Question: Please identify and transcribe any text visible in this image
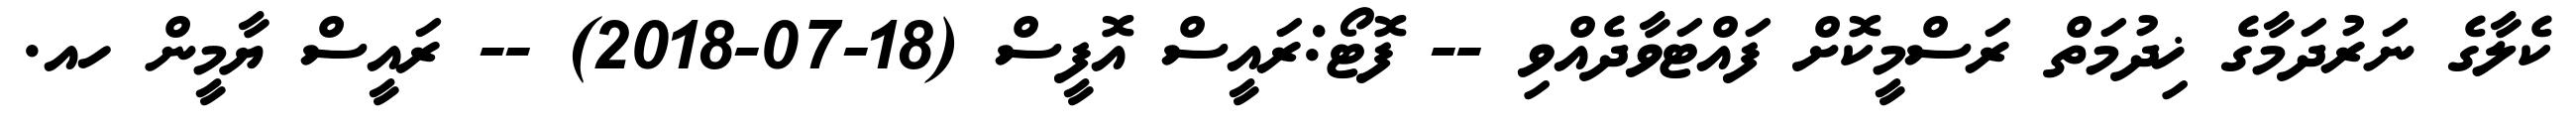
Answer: ކެލާގެ ނަރުދަމާގެ ޚިދުމަތް ރަސްމީކޮށް ފައްޓަވާދެއްވި -- ފޮޓޯ:ރައީސް އޮފީސް (18-07-2018) -- ރައީސް ޔާމީން ހއ.